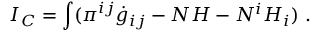
I _ { C } = \int ( \pi ^ { i j } \dot { g } _ { i j } - N { \cal H } - N ^ { i } { \cal H } _ { i } ) \ .